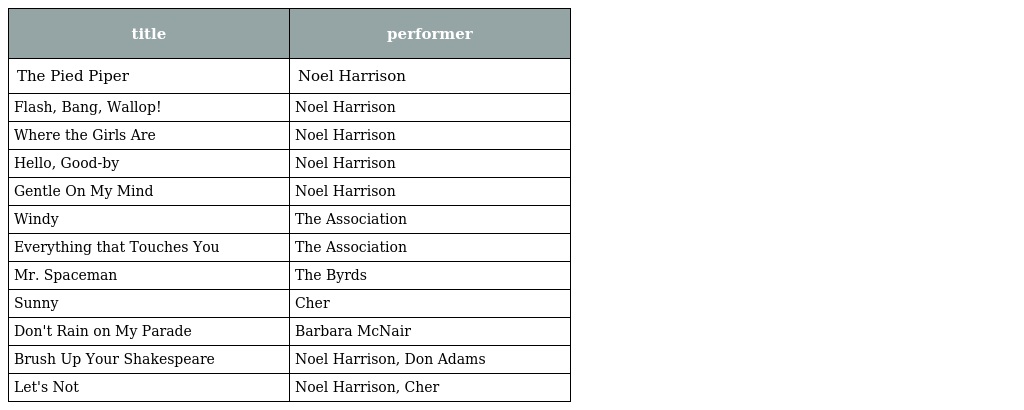
| title | performer |
 | --- | --- |
 | The Pied Piper | Noel Harrison |
 | Flash, Bang, Wallop! | Noel Harrison |
 | Where the Girls Are | Noel Harrison |
 | Hello, Good-by | Noel Harrison |
 | Gentle On My Mind | Noel Harrison |
 | Windy | The Association |
 | Everything that Touches You | The Association |
 | Mr. Spaceman | The Byrds |
 | Sunny | Cher |
 | Don't Rain on My Parade | Barbara McNair |
 | Brush Up Your Shakespeare | Noel Harrison, Don Adams |
 | Let's Not | Noel Harrison, Cher |